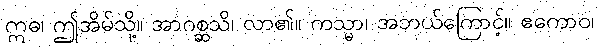
ဣဓ၊ ဤအိမ်သို့။ အာဂစ္ဆသိ၊ လာ၏။ ကသ္မာ၊ အဘယ်ကြောင့်။ ဧကောဝ၊